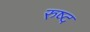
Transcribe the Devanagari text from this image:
रुष्द